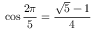
\cos { \frac { 2 \pi } { 5 } } = { \frac { { \sqrt { 5 } } - 1 } { 4 } }